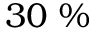
3 0 ~ \%